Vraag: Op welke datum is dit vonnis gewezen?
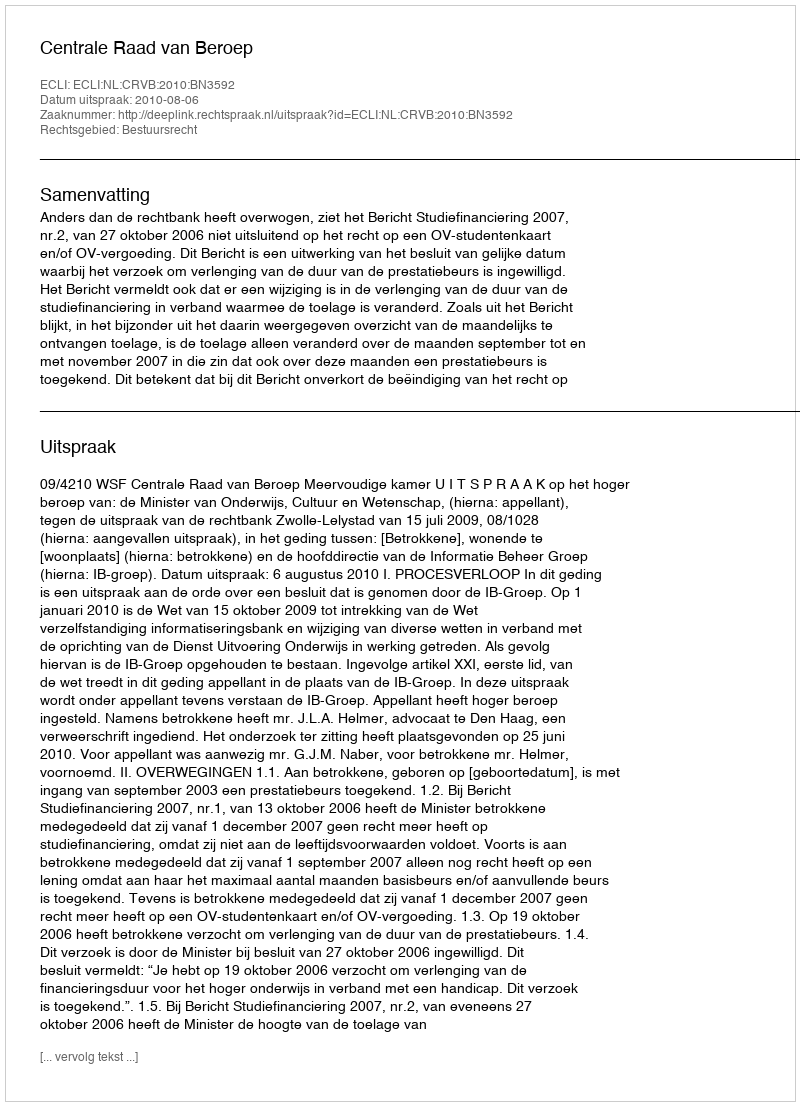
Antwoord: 2010-08-06